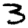
Digit: 3